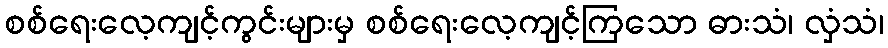
စစ်ရေးလေ့ကျင့်ကွင်းများမှ စစ်ရေးလေ့ကျင့်ကြသော ဓားသံ၊ လှံသံ၊